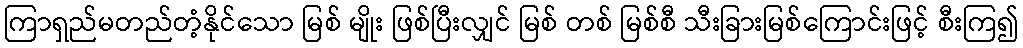
ကြာရှည်မတည်တံ့နိုင်သော မြစ် မျိုး ဖြစ်ပြီးလျှင် မြစ် တစ် မြစ်စီ သီးခြားမြစ်ကြောင်းဖြင့် စီးကြ၍